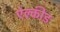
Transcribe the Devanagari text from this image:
ऐल्कीड